Scientific memoirs by medical officers of the Army of India - Part XI,
Year: 1898
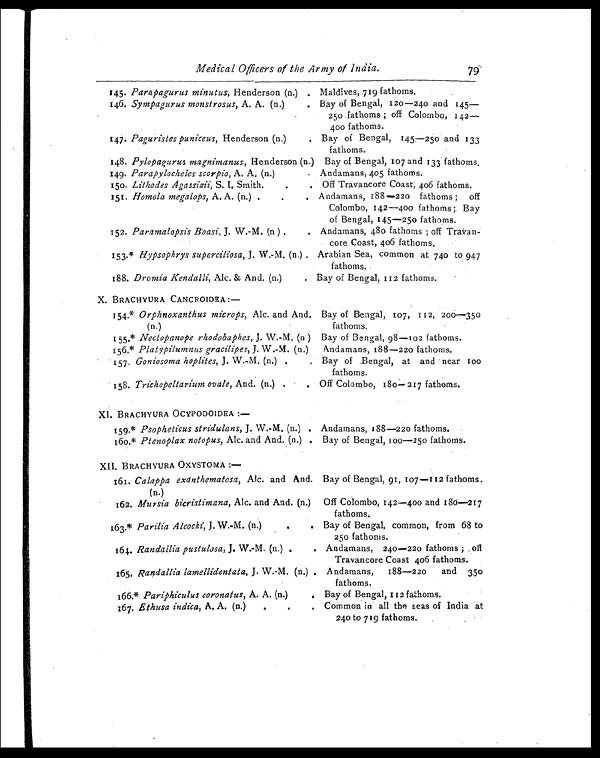
Medical Officers of the Army of India.
79
145. Parapagurus minutus, Henderson (n.) . Maldives, .719 fathoms.
146. Sympagurus monstrosus, A. A. (n.)
. Bay of Bengal, 120—
240 and 145—
250 fathoms ; off Colombo, 142-
400 fathoms.
147. Paguristes puniceus, Henderson (n.)
. Bay of Bengal, 145— 250 and 133
fathoms.
148. Pylopagurus magnimanus, Henderson (n.) Bay of Bengal, 107 and 133 fathoms,
149. Parapylocheles scorpio, A. A. (n.)
Andamans, 405 fathoms.
15o. Lithodes Agassizii, S. I. Smith. .
Off Travancore Coast, 406 fathoms.
151. Homola megalops, A. A. (n.) .
.
. Andamans, 188—
220 fathoms ; off
Colombo, 142—
400 fathoms ;. Bay
of Bengal, 145—
250 fathoms.
152. Paramalopsis Boasi, J. W.-M, (n ) .
. Andamans, 480 fathoms ; off Travan-
core Coast, 406 fathoms.
153.* Hypsophrys superciliosa, J. W.-M. (n.) Arabian Sea, common at 740 to 947
fathoms.
188. Dromia Kendalli, Alc. & And. (n.)
. Bay of Bengal, 112 fathoms.
X. BRACHYURA CANCROIDEA :—
Bay of Bengal, 107, 112, 200— 350
fathoms.
154.* Orphnoxanthus microps, Alc. and And.
(n.)
155.* Nectopanope rhodobaphes, J. W.-M. (n ) Bay of Bengal, 98—
102 fathoms.
156.* Platypilumnus gracilipes, J. W.-M. (n.)
Andamans, 188—
220 fathoms.
157. Goniosoma hoplites, J. W.-M. (n.) .
Bay of .Bengal, at and near l
00 fathoms.
158. Trichopeltarium ovate, And. (n.)
. Off Colombo, 180— 217 fathoms.
XI. BRACHYURA OCYPODOIDEA :—
Andamans, 188—
220 fathoms.
159.* Psopheticus stridulans, J. W.-M. (n.) .
160.* Ptenoplax notopus, Alc. and And. (n.) . Bay of Bengal, 100—
250 fathoms.
XII. BRACHYURA OXYSTOMA :—
Bay of Bengal, 91, 107—
112 fathoms.
161. Calappa exanthematosa, Alc. and And.
(n.)
162. Mursia bicristimana, Alc. and And. (n.) Off Colombo, 142—
400 and 180— 217
fathoms.
163.* Parilia Alcocki, J. W.-M. (n.)
. . Bay of Bengal, common, from 68 to
250 fathoms.
164. Randallia pustulosa, J. W.-M. (n.) .
. Andamans, 240— 220 fathoms ; .off
Travancore Coast 406 fathoms.
165. Randallia lamellidentata, J. W.-M. (n.) . Andamans, 188— 220 and 35
0 fathoms.
166.* Pariphiculus coronatus, A. A. (n.)
Bay of Bengal, 112 fathoms.
167. E Musa indica, A. A. (n.)
.
.
Common in all the seas of India at
240 to 719 fathoms.